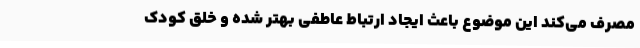
مصرف می‌کند این موضوع باعث ایجاد ارتباط عاطفی بهتر شده و خلق کودک